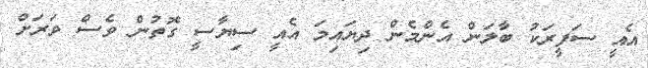
އެއީ ސަފީރަކު ބާލަން އެންމެން ދިޔައިމަ އެއީ ސިޔާސީ ގޮތުން ވެސް ވަރަށް